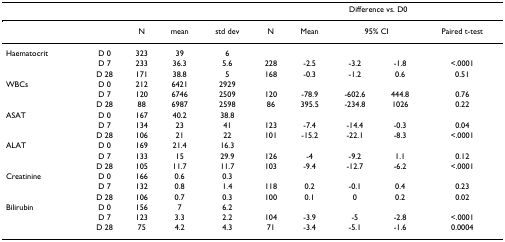
<table><thead><tr><td></td><td></td><td></td><td></td><td></td><td colspan="5"><b>Difference vs. D0</b></td></tr></thead><tbody><tr><td></td><td></td><td>N</td><td>mean</td><td>std dev</td><td>N</td><td>Mean</td><td colspan="2">95% CI</td><td>Paired t-test</td></tr><tr><td>Haematocrit</td><td>D 0</td><td>323</td><td>39</td><td>6</td><td></td><td></td><td></td><td></td><td></td></tr><tr><td></td><td>D 7</td><td>233</td><td>36.3</td><td>5.6</td><td>228</td><td>-2.5</td><td>-3.2</td><td>-1.8</td><td>&lt;.0001</td></tr><tr><td></td><td>D 28</td><td>171</td><td>38.8</td><td>5</td><td>168</td><td>-0.3</td><td>-1.2</td><td>0.6</td><td>0.51</td></tr><tr><td>WBCs</td><td>D 0</td><td>212</td><td>6421</td><td>2929</td><td></td><td></td><td></td><td></td><td></td></tr><tr><td></td><td>D 7</td><td>120</td><td>6746</td><td>2509</td><td>120</td><td>-78.9</td><td>-602.6</td><td>444.8</td><td>0.76</td></tr><tr><td></td><td>D 28</td><td>88</td><td>6987</td><td>2598</td><td>86</td><td>395.5</td><td>-234.8</td><td>1026</td><td>0.22</td></tr><tr><td>ASAT</td><td>D 0</td><td>167</td><td>40.2</td><td>38.8</td><td></td><td></td><td></td><td></td><td></td></tr><tr><td></td><td>D 7</td><td>134</td><td>23</td><td>41</td><td>123</td><td>-7.4</td><td>-14.4</td><td>-0.3</td><td>0.04</td></tr><tr><td></td><td>D 28</td><td>106</td><td>21</td><td>22</td><td>101</td><td>-15.2</td><td>-22.1</td><td>-8.3</td><td>&lt;.0001</td></tr><tr><td>ALAT</td><td>D 0</td><td>169</td><td>21.4</td><td>16.3</td><td></td><td></td><td></td><td></td><td></td></tr><tr><td></td><td>D 7</td><td>133</td><td>15</td><td>29.9</td><td>126</td><td>-4</td><td>-9.2</td><td>1.1</td><td>0.12</td></tr><tr><td></td><td>D 28</td><td>105</td><td>11.7</td><td>11.7</td><td>103</td><td>-9.4</td><td>-12.7</td><td>-6.2</td><td>&lt;.0001</td></tr><tr><td>Creatinine</td><td>D 0</td><td>166</td><td>0.6</td><td>0.3</td><td></td><td></td><td></td><td></td><td></td></tr><tr><td></td><td>D 7</td><td>132</td><td>0.8</td><td>1.4</td><td>118</td><td>0.2</td><td>-0.1</td><td>0.4</td><td>0.23</td></tr><tr><td></td><td>D 28</td><td>106</td><td>0.7</td><td>0.3</td><td>100</td><td>0.1</td><td>0</td><td>0.2</td><td>0.02</td></tr><tr><td>Bilirubin</td><td>D 0</td><td>156</td><td>7</td><td>6.2</td><td></td><td></td><td></td><td></td><td></td></tr><tr><td></td><td>D 7</td><td>123</td><td>3.3</td><td>2.2</td><td>104</td><td>-3.9</td><td>-5</td><td>-2.8</td><td>&lt;.0001</td></tr><tr><td></td><td>D 28</td><td>75</td><td>4.2</td><td>4.3</td><td>71</td><td>-3.4</td><td>-5.1</td><td>-1.6</td><td>0.0004</td></tr></tbody></table>